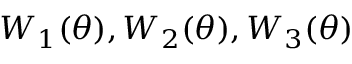
W _ { 1 } ( \theta ) , W _ { 2 } ( \theta ) , W _ { 3 } ( \theta )